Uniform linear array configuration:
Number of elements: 12
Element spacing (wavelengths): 0.25
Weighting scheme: cosine
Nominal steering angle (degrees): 60
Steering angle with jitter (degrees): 58.534
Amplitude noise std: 0.05
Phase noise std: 0.05

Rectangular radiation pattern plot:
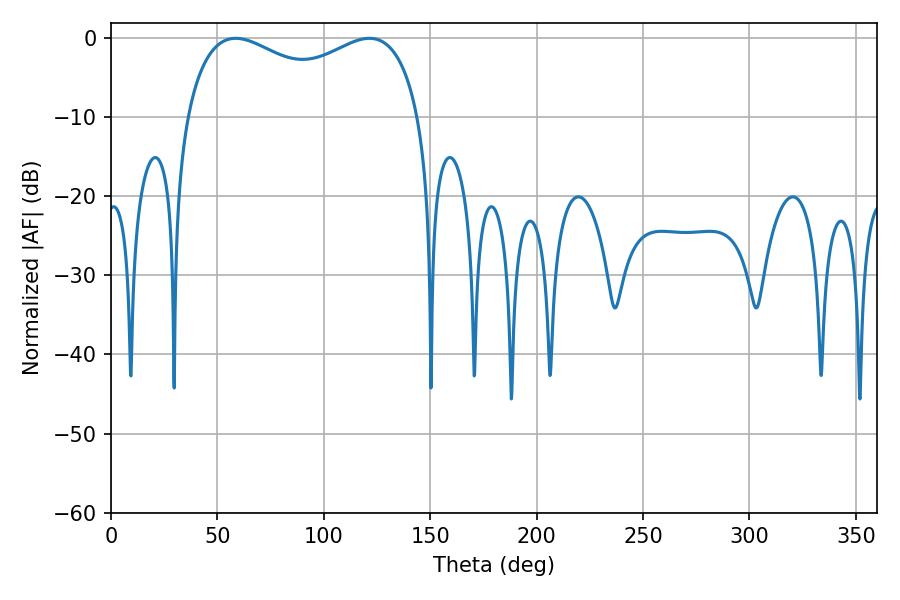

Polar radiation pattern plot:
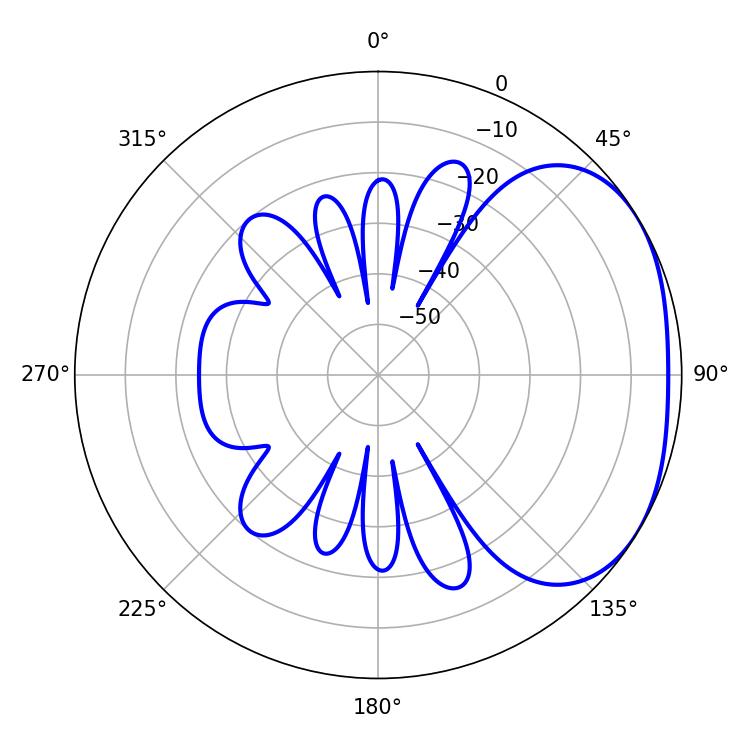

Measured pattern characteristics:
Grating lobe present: FALSE
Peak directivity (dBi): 2.418
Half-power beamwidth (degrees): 91.44
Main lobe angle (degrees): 58.5